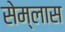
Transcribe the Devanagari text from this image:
सेम्लास